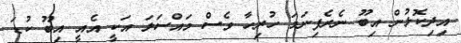
އިދިކޮޅުން އިބޫ ނެރެފިނަމަ ހުރިހާ ވެސް މައްސަލަ އަކީ އެއީ އިބޫ ކުޑަ